Leaving Certificate Examination, 1923
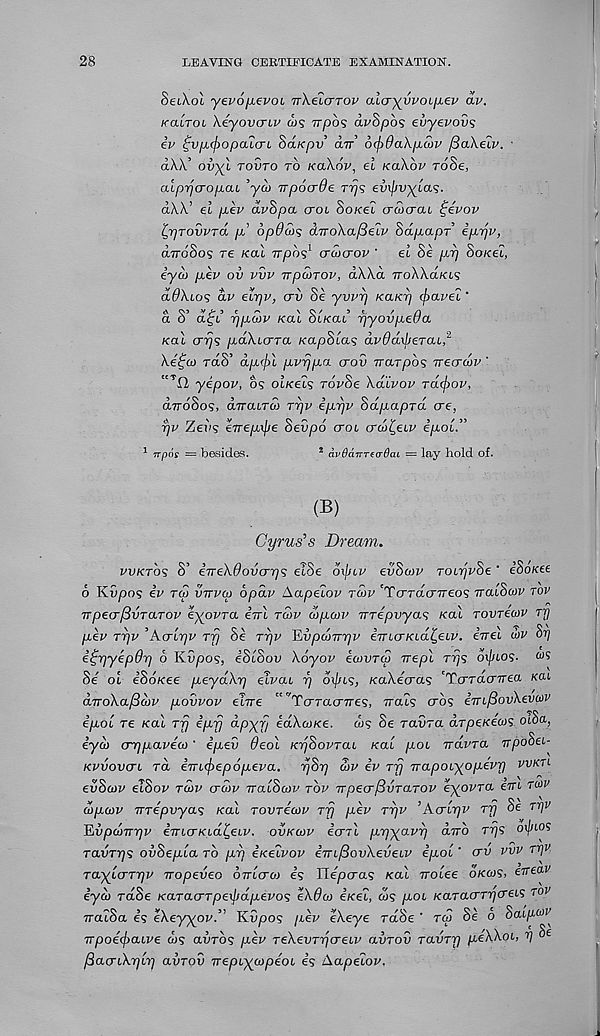
28
LEAVING CERTIFICATE EXAMINATION.
SeiXoi yevofjievoi irXeicrTOV alcryvvoiiJiev av.
KcLLToi Xeyovcriv ais TTpo^ avSpbs evyevovs
iv £vp,<^opaicri SaKpv dir’ 6(f>9akp,c!)v fiakeiv. •
dXy ovyl TOVTO TO KOXOV, el KOXOV rd8e,
alpyjcropai 'ycb irpoade TT}*; evipvylas.
d\y el p,ev dvhpa trot, SoKel crcocraL ^evov
LyjTovvTa, pd dp9u><i dTrokafSelv SdpapT iprjv,
dirdSos re KOU TT/SOS 1 crdnrov ' el Se prj SOKEL,
iycj pev ov vvv TTpd)TOP, dWd TTOWCLKIS
d9kios dv elrjv, crv Se yvi’T) KOJKTJ (paveu'
a o
rjfjLQjv KCLL OLKCU iqyovfjieUa
Kal crrjs paXicrra KapSlas dp9d\JieTcu, 2
\e£co rdS’ dp<j>l pprjpa aov Trarpos ireadiv '
' tT 0 yepov, os ot/ceis ropSe XCUPOP rbiffiop,
dirdSos, dnaLTO) TT]P ipr/p Sapapra ere,
pp Zevs eirepxpe 8evp6 croi CTCO^ELP ipol.”
npos = besides.
2 dvOaTTrecrOai = lay hold of.
(B)
Cyrus’s Dream.
PVKTOS S’ iTTe\9ovorrjs etSe dxjitp evScop rocrjpSe ' ' iSoKte
6 Kvpos ip TCO VTTVO) opdp Aapelop TMV 'TcrracrTreos TTCLISOJV TOV
TrpeerjBvTaTOP eyoPTO. ETTL TMV u>pu>v vTepvya^ Kal TOVTECOV TJI
pev Typ ’Acrlpp rfj Se ryp JLvpuTrrjp imaKidi^eip. irrel <bv Sr/
i^rjyep9rj d Kvpos, eStSou Xoyop eatvTtp Trepl Trjs ox/fio?. ws
Se / ol eSoKee peydXrj eivai p ot/us, KaXecras 'TcrrctcrTrea KO.L
aTToXa/Scbp povpop elire “ "TcrraciTres, irats cros iTnfiovXevuv
epoi re Kal Tjj iprj dpyf/ edXaiKe. ws Se ravra dr/De/eews oiSa,
iyco crr)pavEa>' ipeii 9eol KySopraL Kal poi navra Trpodei-
KPVOVCTL rd iTTL<f>ep6pepa. r/Si? S>p ip ryj Trapobyopepr) VVKTL
evSajp elSop TO)V CTWP rratSwiv TOP TTpecr/SvTaTOP eyovTa em ro)v
(opoyv TTTepvyas Kal rovreaip Trj pep TT)P ’AcrlrjP Trj Se Trjv
ILvpcoirrip iTnerKidi^eip. OVKCOP icnl prjyapr] diro ri]S oi/«os
radrijs ovSepla TO pv iKelpop iTrif3ovXeveLP ipol' crv PVP rf] v
TuylcrTrjP TTopeveo OTTLcro) es ITepcras Kal Tralee OKCOS, eireav
iyd) rdSe KaTacrTpexpapevos eX9a> iKel, <5s pot KaTacrrycreLS TOV
TratSa es eXeyyop.” Kdpos pep eXeye rdSe * rw Se o Scap*^
irpoecpaLPe ws avros pep TeXevTTycreip avrov TavTrj peXXoi, p Se
fiacrbXrjlr] avrov vepiyo)peoi es Aapelor.